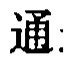
通: